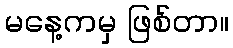
မနေ့ကမှ ဖြစ်တာ။